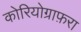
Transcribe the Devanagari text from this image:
कोरियोग्राफ़रा